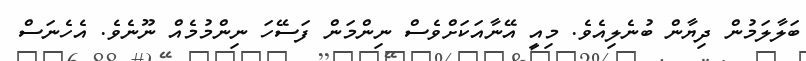
ބަލާލަމުން ދިޔާން ބުނެލިއެވެ. މިއީ އޭނާއަކަށްވެސް ނިންމަން ފަސޭހަ ނިންމުމެއް ނޫނެވެ. އެހެނަސް